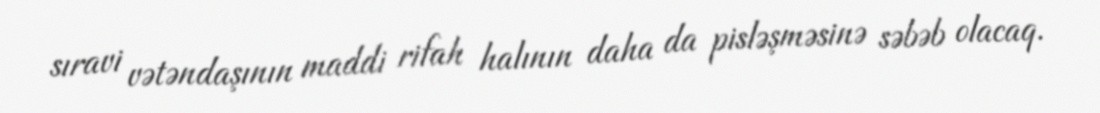
sıravi vətəndaşının maddi rifah halının daha da pisləşməsinə səbəb olacaq.